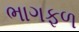
ભાગફળ